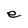
Character: e